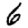
Digit: 6